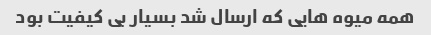
همه میوه هایی که ارسال شد بسیار بی کیفیت بود